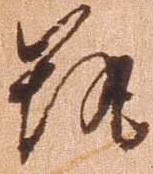
筑